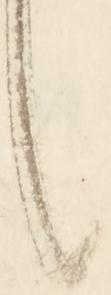
く